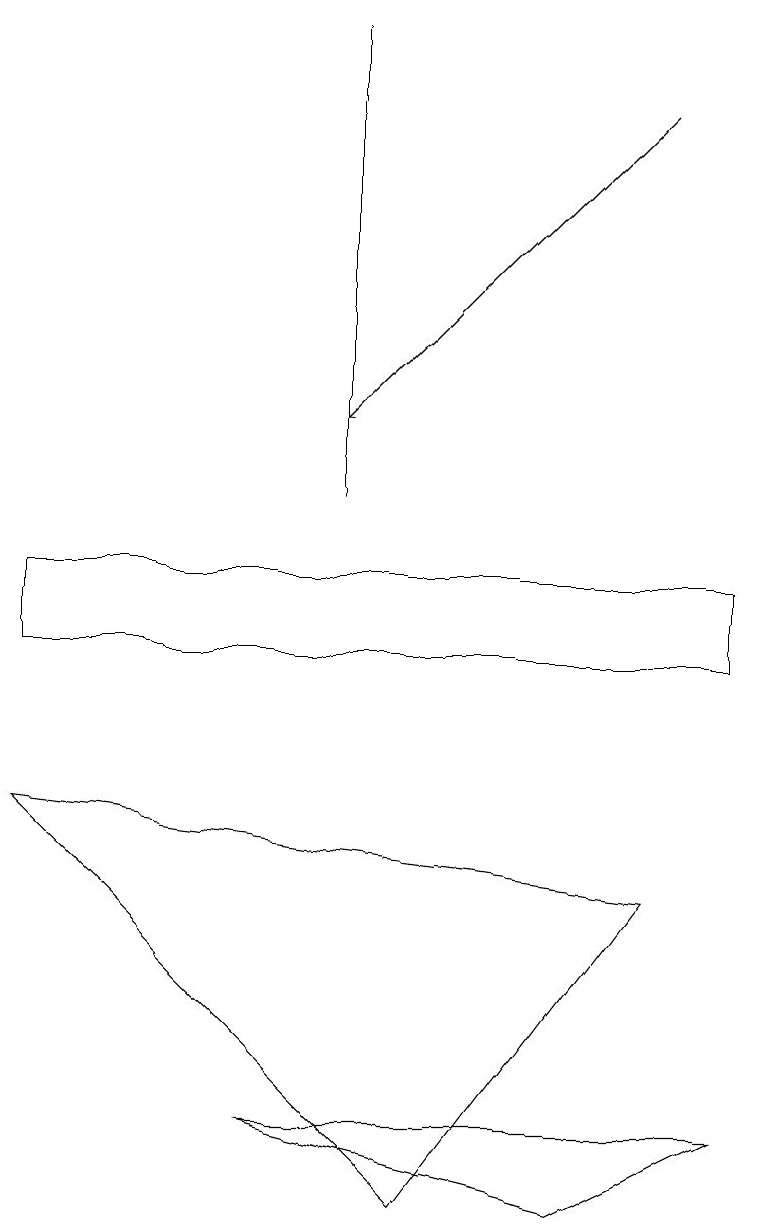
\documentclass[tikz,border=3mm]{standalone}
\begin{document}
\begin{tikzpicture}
\draw[->] (8,17) -- (4,13);
\draw (3,4) -- (9,4) -- (7,3) -- cycle;
\draw (0,10) rectangle (9,11);
\draw (4,18) rectangle (4,12);
\draw (0,8) -- (8,7) -- (5,3) -- cycle;
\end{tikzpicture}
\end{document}